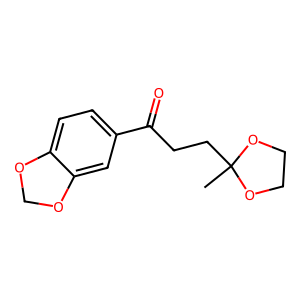
SMILES: CC1(CCC(=O)c2ccc3c(c2)OCO3)OCCO1
Inhibits HIV replication: No